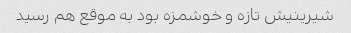
شیرینیش تازه و خوشمزه بود به موقع هم رسید